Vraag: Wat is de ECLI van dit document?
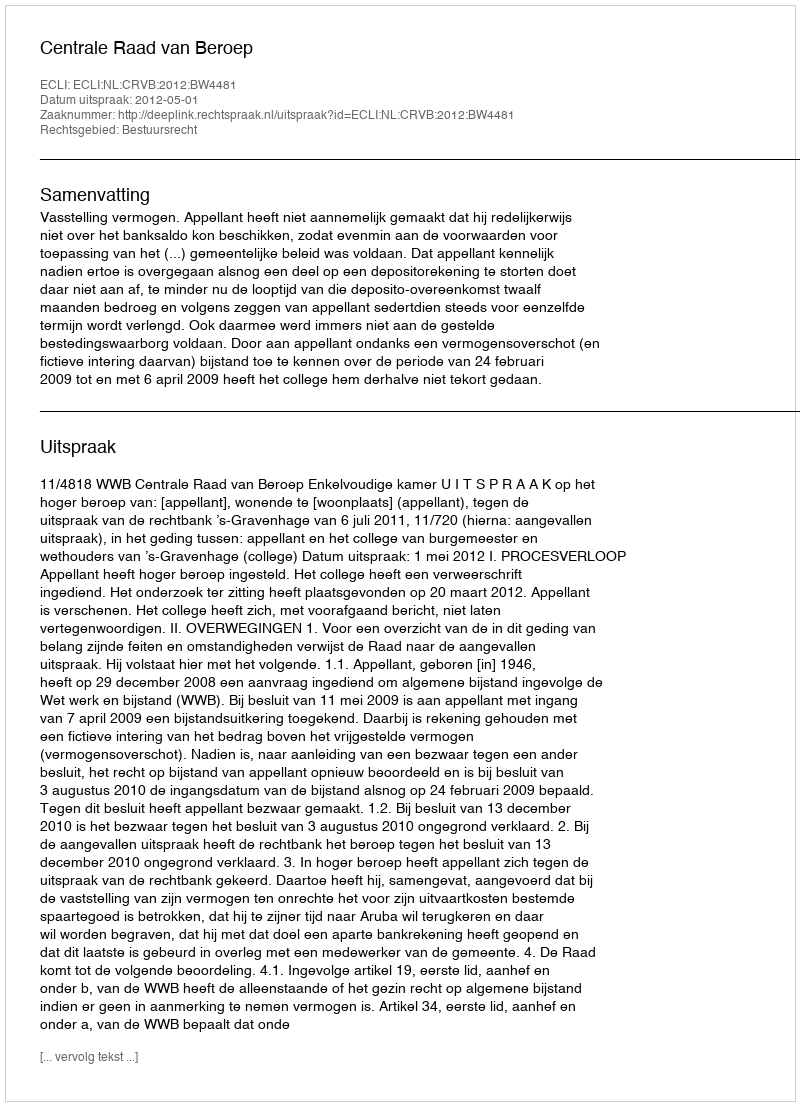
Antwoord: ECLI:NL:CRVB:2012:BW4481